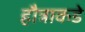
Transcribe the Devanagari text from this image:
हौत्राकडे